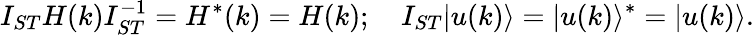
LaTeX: I_{ST}H(k)I_{ST}^{-1}=H^{*}(k)=H(k);\quad I_{ST}|u(k)\rangle=|u(k)\rangle^{*}=|u(k)\rangle.